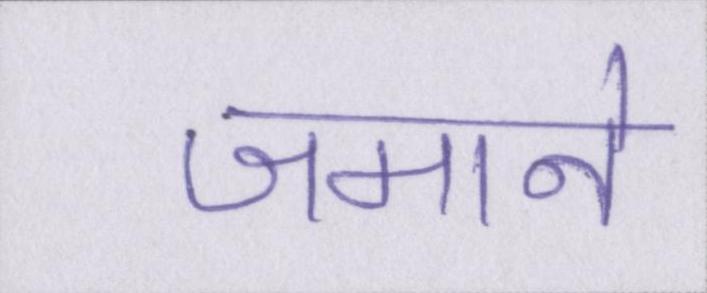
जमाने